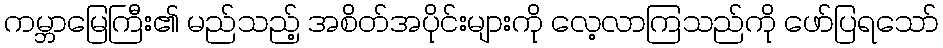
ကမ္ဘာမြေကြီး၏ မည်သည့် အစိတ်အပိုင်းများကို လေ့လာကြသည်ကို ဖော်ပြရသော်